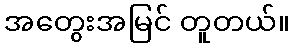
အတွေးအမြင် တူတယ်။